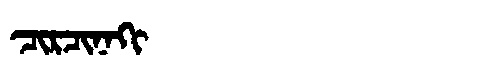
Manchu: ᠴᡳᡵᠴᡳᠨᠠᡴᡳ
Romanization: CIRCINAKI